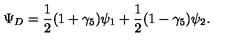
\Psi _ { D } = \frac { 1 } { 2 } ( 1 + \gamma _ { 5 } ) \psi _ { 1 } + \frac { 1 } { 2 } ( 1 - \gamma _ { 5 } ) \psi _ { 2 } .